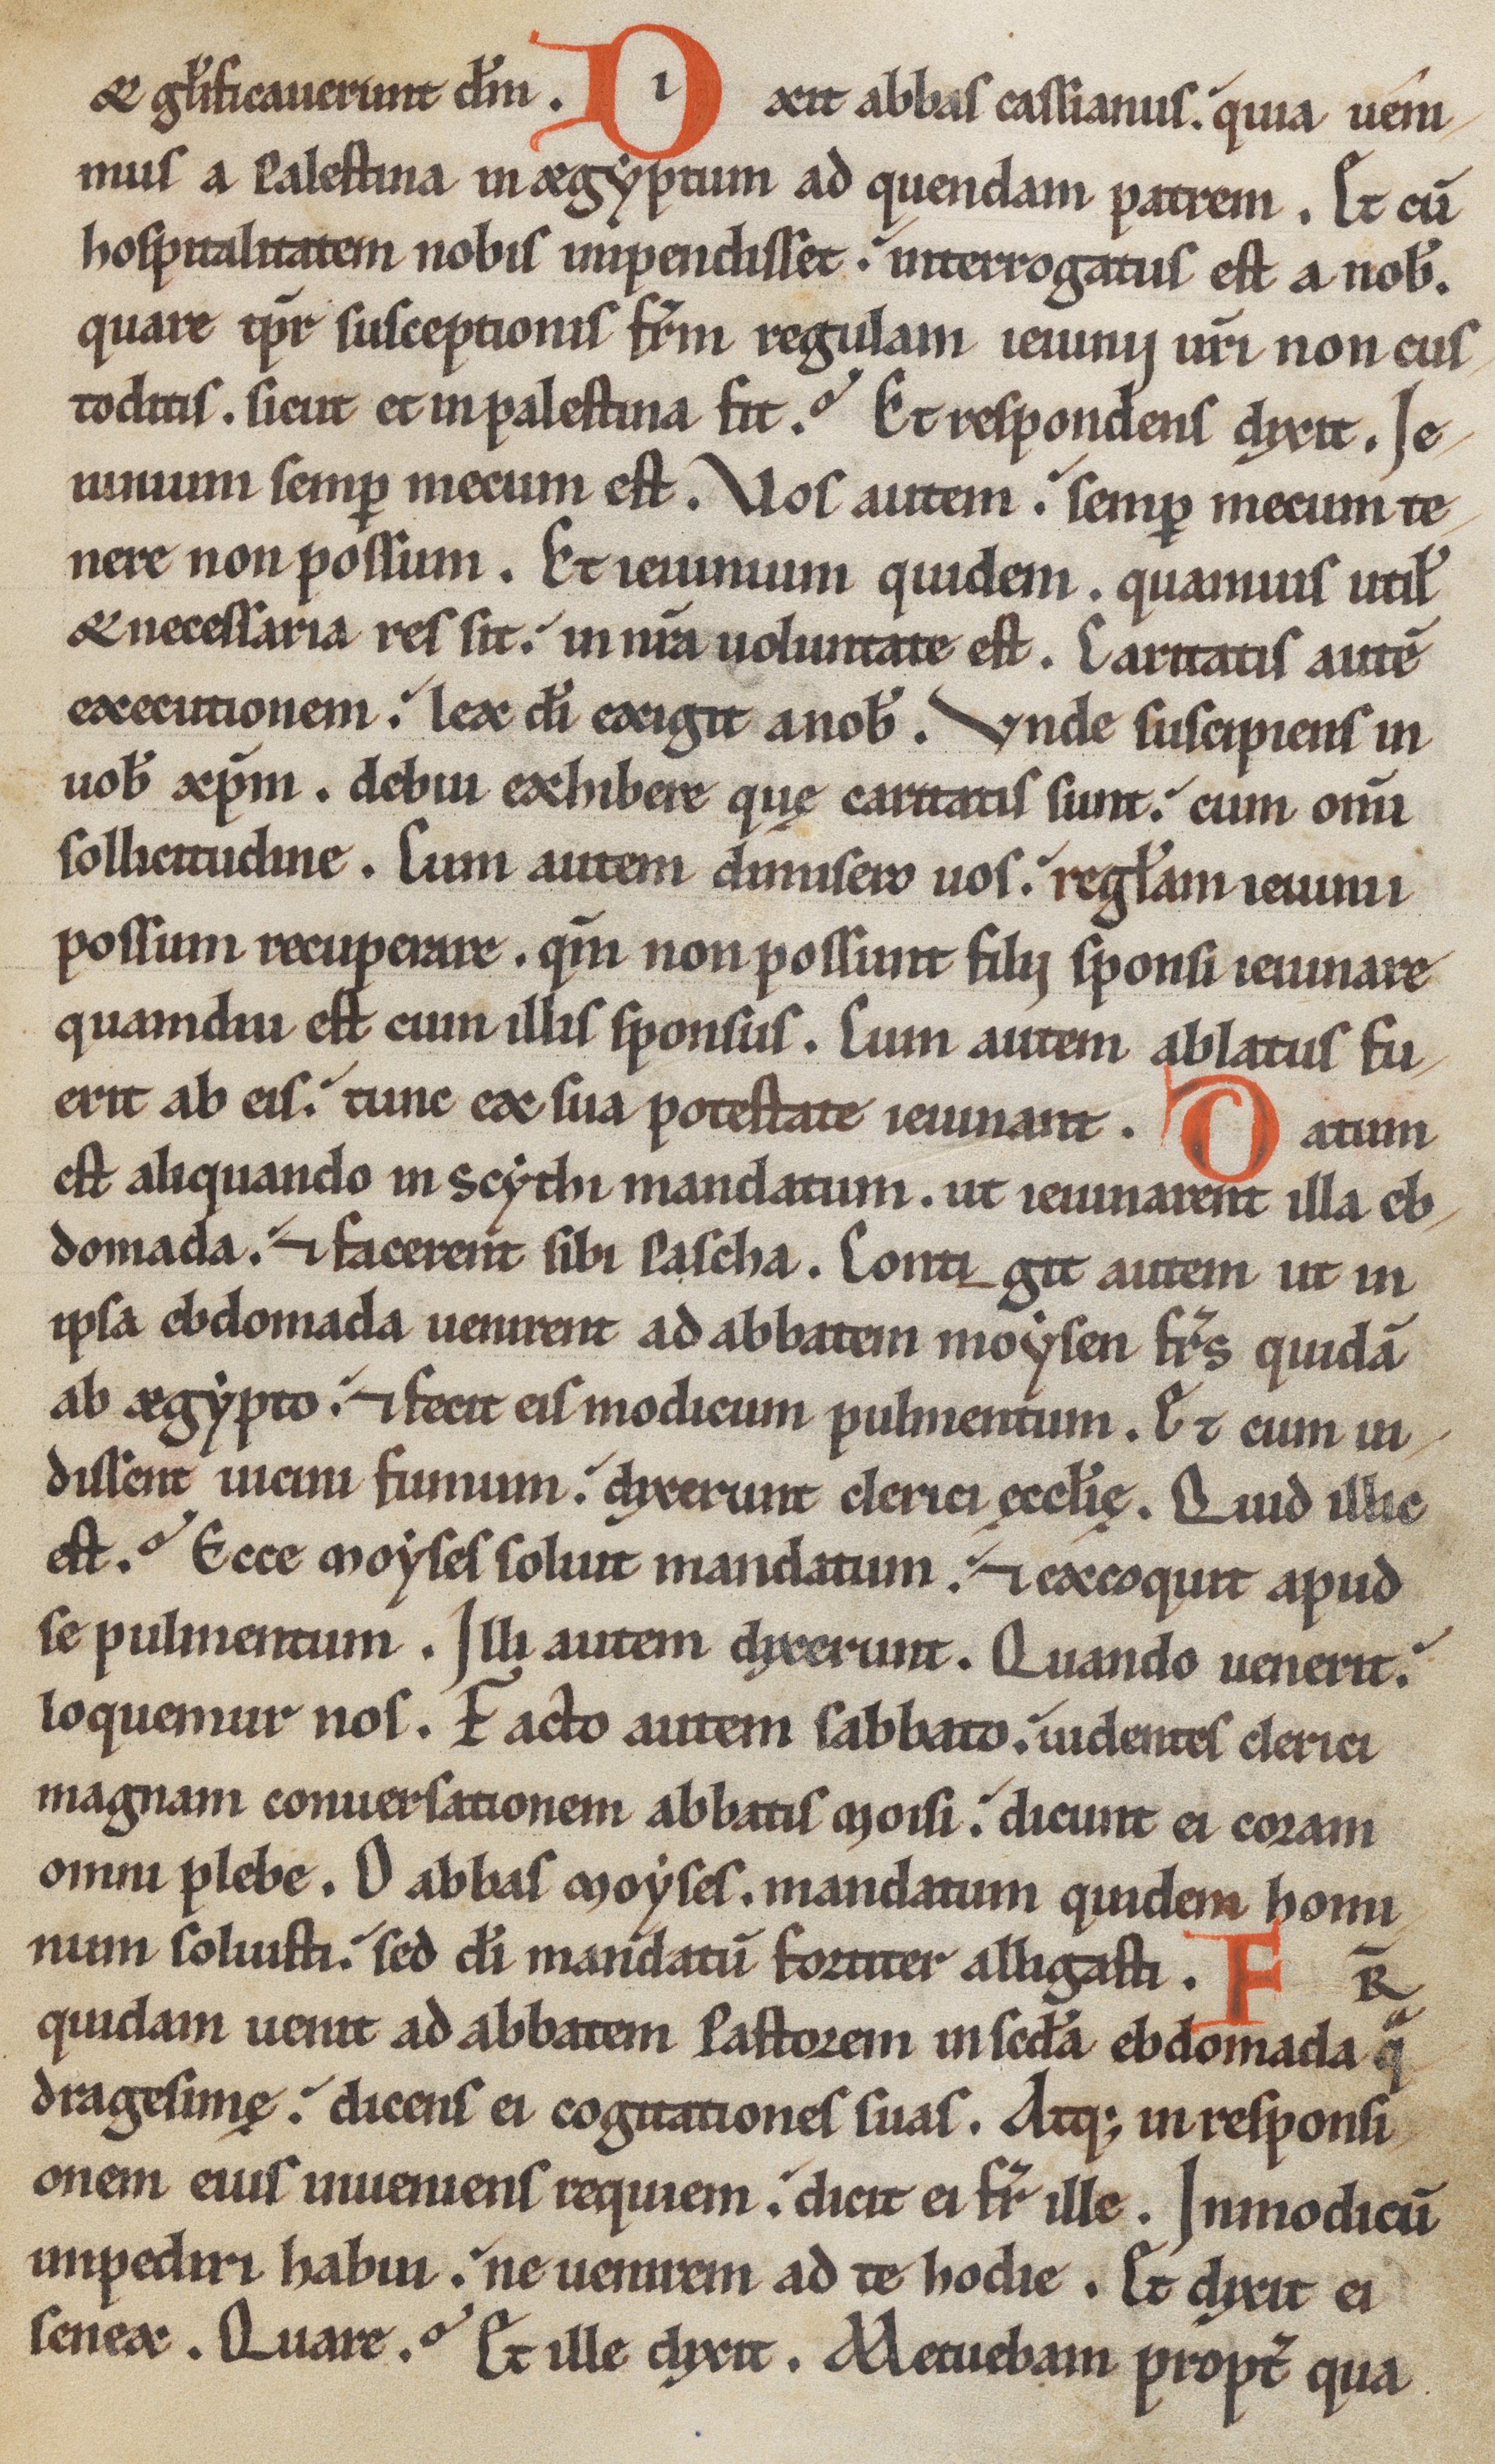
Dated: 1150–1199